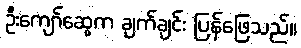
ဦးကျော်ဆွေက ချက်ချင်း ပြန်ဖြေသည်။